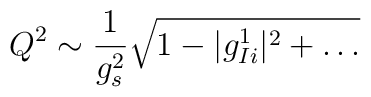
Q^2 \sim \frac{1}{g^2_s}\sqrt{1 - |g_{Ii}^1|^2 + \dots}